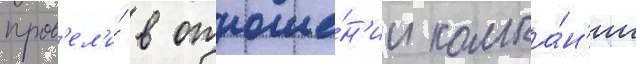
пров'ел'и́ в отноше́н'ии компа́н'ии